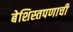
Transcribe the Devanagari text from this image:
बेशिस्तपणाची